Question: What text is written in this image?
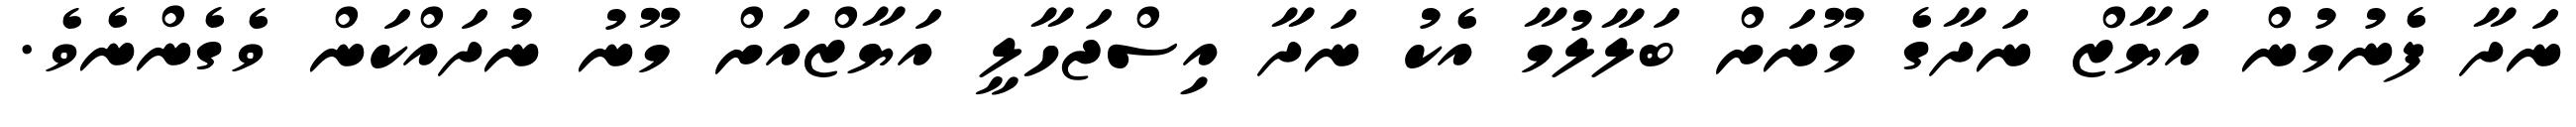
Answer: ނަދާ ފެނުމުން އަޔާޒް ނަދާގެ މޫނަށް ބަލާލުމާ އެކު ނަދާ އިސްޖަހާލީ އަޔާޒްއަށް މޫނު ނުދައްކަން ވެގެންނެވެ.